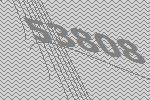
53808